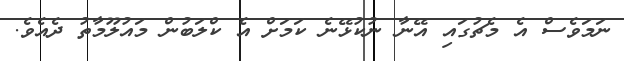
ނަމަވެސް އެ މެޗުގައި އޭނާ ނުކުޅޭނެ ކަމަށް އެ ކްލަބުން މައުލޫމާތު ދެއެވެ.